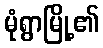
မုံရွာမြို့၏